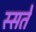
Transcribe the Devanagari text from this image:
स्सते